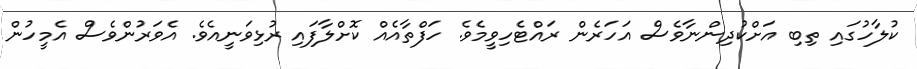
ކުލާހުގައި ތިބި އަށްކުދިންނާވެސް އަހަރެން ރައްޓެހިވީމެވެ. ހަފްތާއެއް ކޮށްލާފައި ރުޅިވަނީއެވެ. އެވަރުންވެސް އެމީހުން